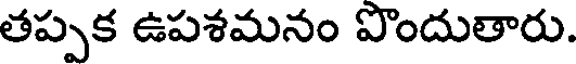
తప్పక ఉపశమనం పొందుతారు.